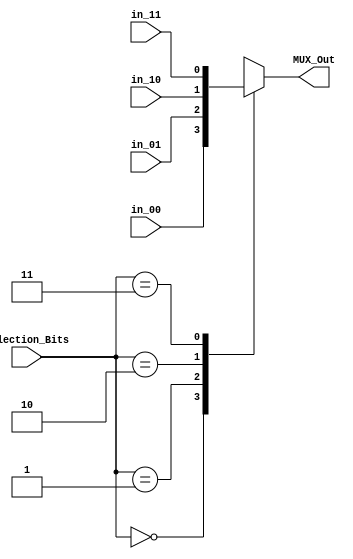
// TYPE: module
// DEPARTMENT: communication and electronics department
// AUTHOR EMAIL: mina.hannaone@gmail.com
//------------------------------------------------
// Release history
// VERSION DATE AUTHOR DESCRIPTION
// 1.0 8/7/2022 Mina Hanna final version
//------------------------------------------------
// KEYWORDS: multiplexer ,4x1 mux
//------------------------------------------------
// PURPOSE: this is the multiplexer for the uart\

/////////input and outputs ports declaration////////////
module MUX (
  input     wire    [1:0]    Selection_Bits,
  input     wire             in_00,
  input     wire             in_01,
  input     wire             in_10,
  input     wire             in_11,
  output    reg              MUX_Out);
  ////////////////MUX Logic///////////////////////////
  always@(*)
  begin
    case(Selection_Bits)
      2'b00        : begin
                      MUX_Out = in_00;
                    
                     end
      2'b01        : begin
                      MUX_Out = in_01;
                    
                     end
      2'b10        : begin
                      MUX_Out = in_10;
                    
                     end
      2'b11        : begin
                      MUX_Out = in_11;
                    
                     end
      default      : begin
                      MUX_Out = in_00;
                    
                     end
    endcase
  end
endmodule